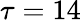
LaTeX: \tau=14